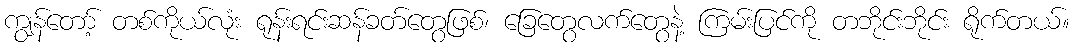
ကျွန်တော့် တစ်ကိုယ်လုံး ရုန်းရင်းဆန်ခတ်တွေဖြစ်၊ ခြေတွေလက်တွေနဲ့ ကြမ်းပြင်ကို တဘိုင်းဘိုင်း ရိုက်တယ်။